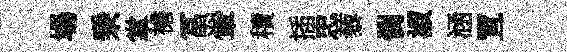
場乗掌襜冨翬積插忠藜憫淑涵罝